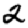
Digit: 2